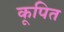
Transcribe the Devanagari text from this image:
कूपित